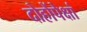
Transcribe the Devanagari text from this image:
दोहोंपेक्षां